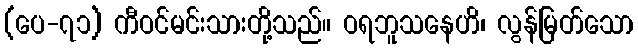
(ပေ-၇၁) ကီဝင်မင်းသားတို့သည်။ ဝရဘူသနေဟိ၊ လွန်မြတ်သော